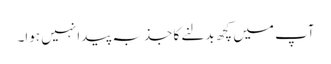
آپ میں کچھ بدلنے کا جذبہ پیدا نہیں ہوا۔